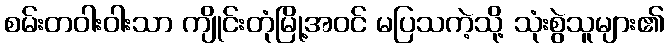
စမ်းတဝါးဝါးသာ ကျိုင်းတုံမြို့အဝင် မပြသကဲ့သို့ သုံးစွဲသူများ၏